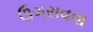
ઉગરાવવા